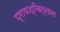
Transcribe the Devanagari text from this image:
प्रायश्चित्तास